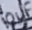
Text: 10uF